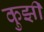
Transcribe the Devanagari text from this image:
कुझी